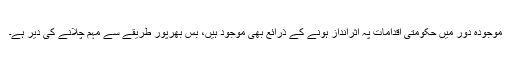
موجودہ دور میں حکومتی اقدامات پہ اثرانداز ہونے کے ذرائع بھی موجود ہیں، بس بھرپور طریقے سے مہم چلانے کی دیر ہے۔